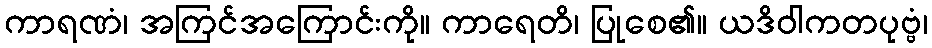
ကာရဏံ၊ အကြင်အကြောင်းကို။ ကာရေတိ၊ ပြုစေ၏။ ယဒိဝါကတပုဗ္ဗံ၊